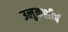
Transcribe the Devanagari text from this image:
उलूकशीर्ष